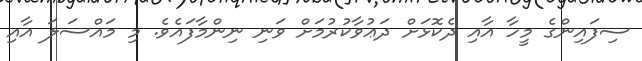
ސިފައިންގެ މީހާ އާއި ދެކޮޅަށް ދަޢުވާކުރުމަށް ވަނި ނިންމާފައެވެ. މި މައްސަލަ އާއި